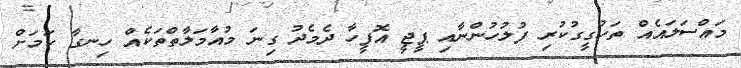
މައްސަލައެއް ތަހުގީގުކުރި ފުލުހުންނާއި ޕީޖީ އޮފީހާ ދެމެދު ގިނަ މުއާމަލާތްތަކެއް ހިނގާ ކަމަށް